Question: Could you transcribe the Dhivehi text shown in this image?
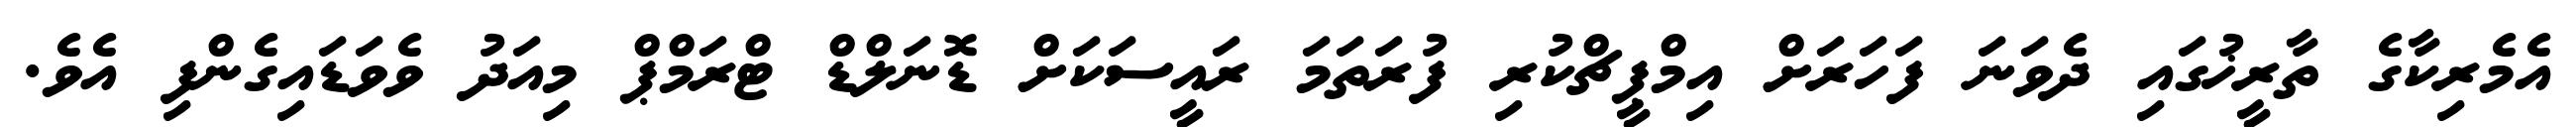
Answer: އެމެރިކާގެ ތާރީޚުގައި ދެވަނަ ފަހަރަށް އިމްޕީޗްކުރި ފުރަތަމަ ރައީސަކަށް ޑޮނަލްޑް ޓްރަމްޕް މިއަދު ވެވަޑައިގެންފި އެވެ.